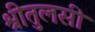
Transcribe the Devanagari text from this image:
श्रीतुलसी